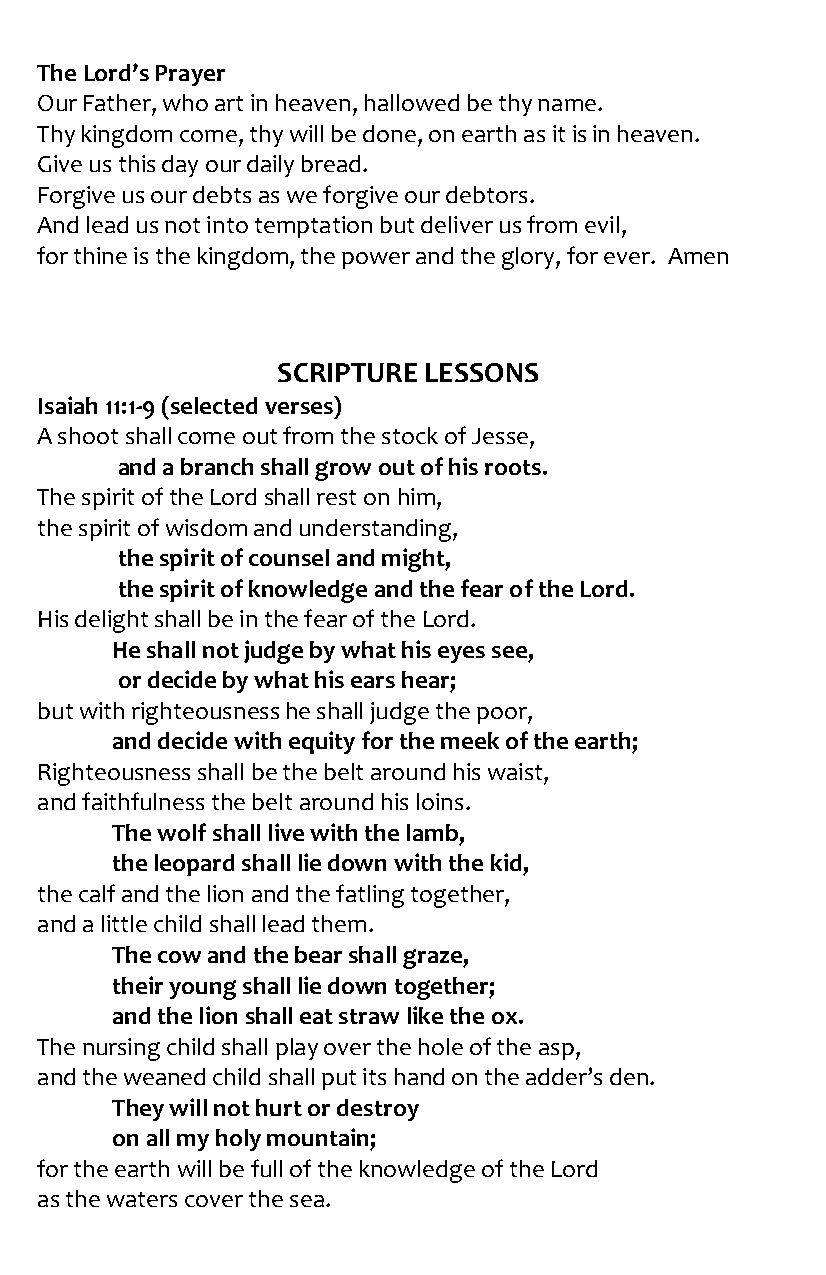
The Lord’s Prayer
 Our Father, who art in heaven, hallowed be thy name.
 Thy kingdom come, thy will be done, on earth as it is in heaven.
 Give us this day our daily bread.
 Forgive us our debts as we forgive our debtors.
 And lead us not into temptation but deliver us from evil,
 for thine is the kingdom, the power and the glory, for ever. Amen
 SCRIPTURE LESSONS
 Isaiah 11:1-9 (selected verses)
 A shoot shall come out from the stock of Jesse,
 and a branch shall grow out of his roots.
 The spirit of the Lord shall rest on him,
 the spirit of wisdom and understanding,
 the spirit of counsel and might,
 the spirit of knowledge and the fear of the Lord.
 His delight shall be in the fear of the Lord.
 He shall not judge by what his eyes see,
 or decide by what his ears hear;
 but with righteousness he shall judge the poor,
 and decide with equity for the meek of the earth;
 Righteousness shall be the belt around his waist,
 and faithfulness the belt around his loins.
 The wolf shall live with the lamb,
 the leopard shall lie down with the kid,
 the calf and the lion and the fatling together,
 and a little child shall lead them.
 The cow and the bear shall graze,
 their young shall lie down together;
 and the lion shall eat straw like the ox.
 The nursing child shall play over the hole of the asp,
 and the weaned child shall put its hand on the adder’s den.
 They will not hurt or destroy
 on all my holy mountain;
 for the earth will be full of the knowledge of the Lord
 as the waters cover the sea.